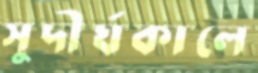
সুদীর্ঘকালে